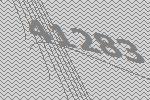
41283